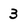
Character: 3